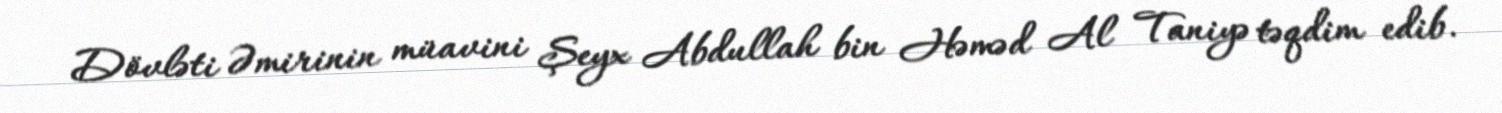
Dövləti Əmirinin müavini Şeyx Abdullah bin Həməd Al Taniyə təqdim edib.